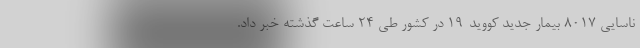
ناسایی ۸۰۱۷ بیمار جدید کووید-۱۹ در کشور طی ۲۴ ساعت گذشته خبر داد.